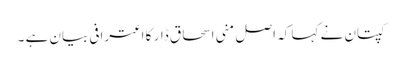
کپتان نے کہا کہ اصل منی اسحاق ڈار کا اعترافی بیان ہے ۔